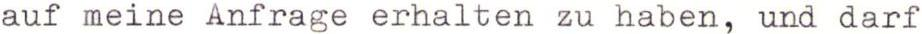
auf meine Anfrage erhalten zu haben, und darf